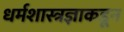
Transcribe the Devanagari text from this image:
धर्मशास्त्रज्ञाकडून